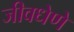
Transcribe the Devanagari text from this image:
जीवधेणे